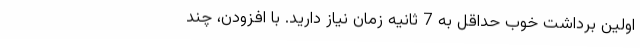
اولین برداشت خوب حداقل به 7 ثانیه زمان نیاز دارید. با افزودن، چند